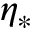
\eta _ { * }